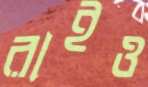
রাইও